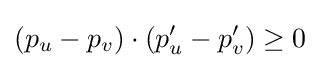
(p_{u}-p_{v})\cdot (p'_{u}-p'_{v})\geq 0